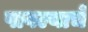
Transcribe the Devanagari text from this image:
पावल्याचे